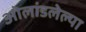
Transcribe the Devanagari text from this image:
ओलांडलेल्या